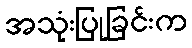
အသုံးပြုခြင်းက